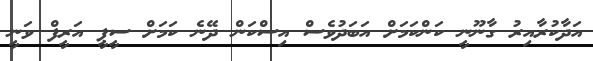
އަދާކުރާއިރު ގާނޫނީ ކަންކަމަށް އަބަދުވެސް އިސްކަން ދޭނެ ކަމަށް ސީޕީ އަރީފް ވަނީ